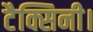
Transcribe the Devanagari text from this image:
टैक्सिनी।